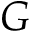
G